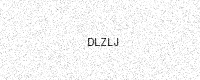
Text: DLZLJ